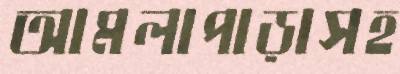
আমলাপাড়াসহ